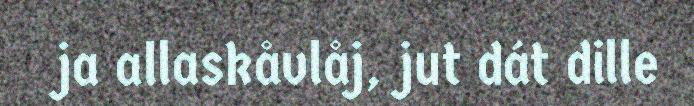
ja allaskåvlåj, jut dát dille